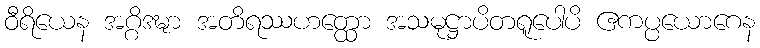
ဝီရိယေန အဂ္ဂိဒဍ္ဎာ အတိရဿဟတ္ထော အသမုဋ္ဌာပိတရူပေါပိ ဧကပ္ပယောဂေန